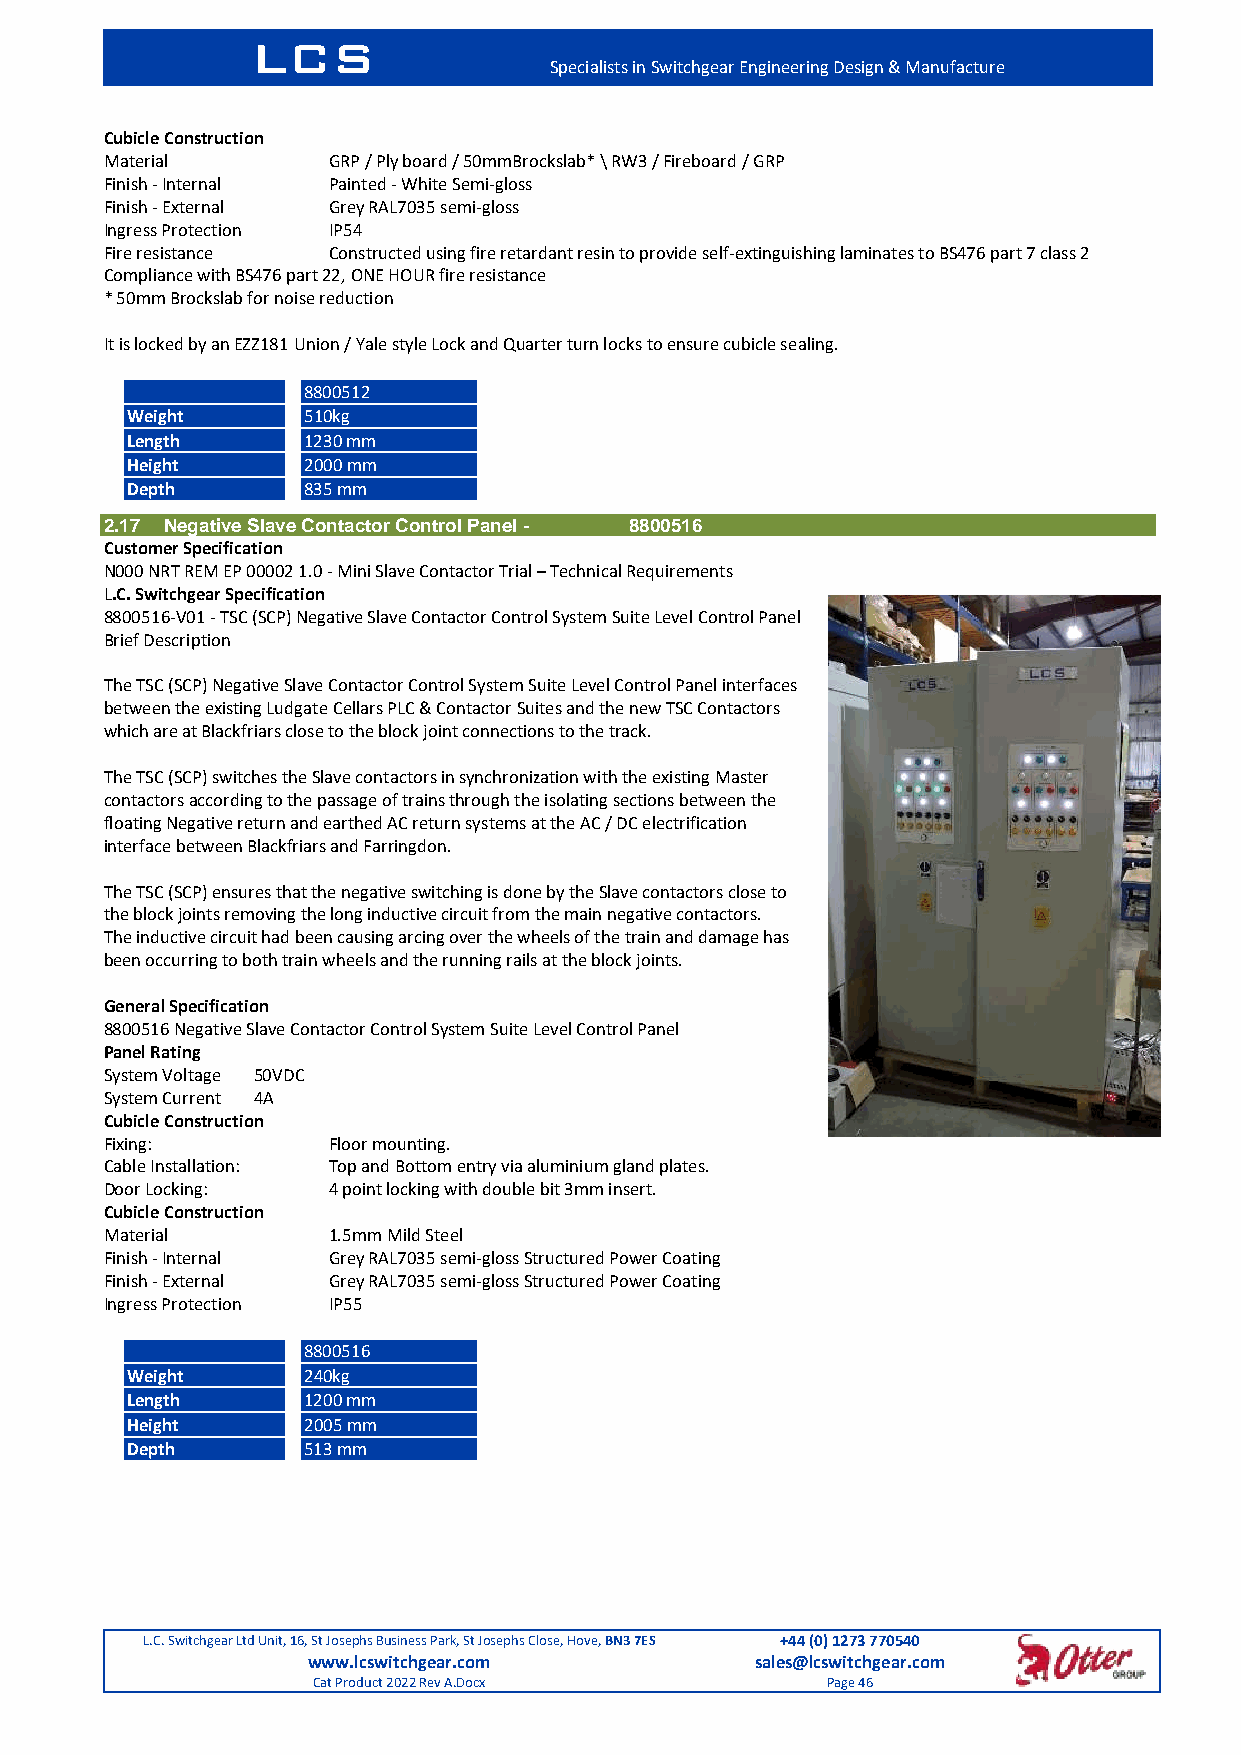
LCS
 Specialists in Switchgear Engineering Design & Manufacture
 Cubicle Construction
 Material       GRP / Ply board / 50mmBrockslab* \ RW3 / Fireboard / GRP
 Finish - Internal Painted - White Semi-gloss
 Finish - External Grey RAL7035 semi-gloss
 Ingress Protection IP54
 Fire resistance Constructed using fire retardant resin to provide self-extinguishing laminates to BS476 part 7 class 2
 Compliance with BS476 part 22, ONE HOUR fire resistance
 * 50mm Brockslab for noise reduction
 It is locked by an EZZ181 Union / Yale style Lock and Quarter turn locks to ensure cubicle sealing.
 8800512
 Weight      510kg
 Length      1230 mm
 Height      2000 mm
 Depth       835 mm
 2.17 Negative Slave Contactor Control Panel - 8800516
 Customer Specification
 N000 NRT REM EP 00002 1.0 - Mini Slave Contactor Trial – Technical Requirements
 L.C. Switchgear Specification
 8800516-V01 - TSC (SCP) Negative Slave Contactor Control System Suite Level Control Panel
 Brief Description
 The TSC (SCP) Negative Slave Contactor Control System Suite Level Control Panel interfaces
 between the existing Ludgate Cellars PLC & Contactor Suites and the new TSC Contactors
 which are at Blackfriars close to the block joint connections to the track.
 The TSC (SCP) switches the Slave contactors in synchronization with the existing Master
 contactors according to the passage of trains through the isolating sections between the
 floating Negative return and earthed AC return systems at the AC / DC electrification
 interface between Blackfriars and Farringdon.
 The TSC (SCP) ensures that the negative switching is done by the Slave contactors close to
 the block joints removing the long inductive circuit from the main negative contactors.
 The inductive circuit had been causing arcing over the wheels of the train and damage has
 been occurring to both train wheels and the running rails at the block joints.
 General Specification
 8800516 Negative Slave Contactor Control System Suite Level Control Panel
 Panel Rating
 System Voltage 50VDC
 System Current 4A
 Cubicle Construction
 Fixing:        Floor mounting.
 Cable Installation: Top and Bottom entry via aluminium gland plates.
 Door Locking:  4 point locking with double bit 3mm insert.
 Cubicle Construction
 Material       1.5mm Mild Steel
 Finish - Internal Grey RAL7035 semi-gloss Structured Power Coating
 Finish - External Grey RAL7035 semi-gloss Structured Power Coating
 Ingress Protection IP55
 8800516
 Weight      240kg
 Length      1200 mm
 Height      2005 mm
 Depth       513 mm
 L.C. Switchgear Ltd Unit, 16, St Josephs Business Park, St Josephs Close, Hove, BN3 7ES +44 (0) 1273 770540
 www.lcswitchgear.com          sales@lcswitchgear.com
 Cat Product 2022 Rev A.Docx       Page 46